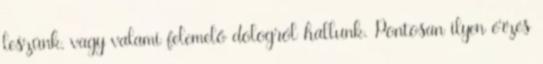
leszünk, vagy valami felemelő dologról hallunk. Pontosan ilyen érzés